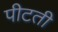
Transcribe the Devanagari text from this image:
पीटती